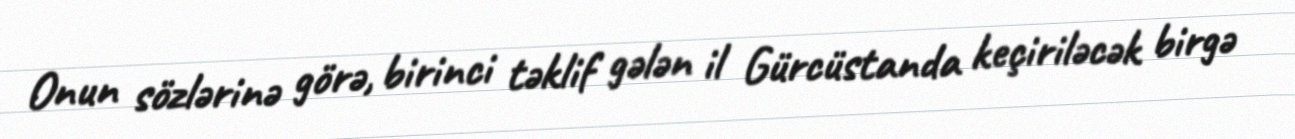
Onun sözlərinə görə, birinci təklif gələn il Gürcüstanda keçiriləcək birgə